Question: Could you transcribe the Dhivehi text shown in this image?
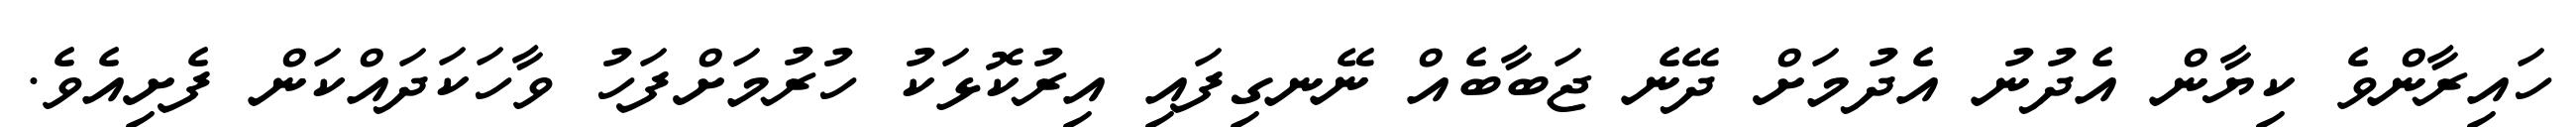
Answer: ހައިރާންވެ ކިޔާން އެދުނު އެދުމަށް ދޭނެ ޖަބާބެއް ނޭނގިފައި އިރުކޮޅަކު ހުރުމަށްފަހު ވާހަކަދައްކަން ފެށިއެވެ.